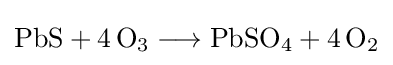
{\mathrm {PbS} {}+{}4\,\mathrm {O} {\vphantom {A}}_{\smash[{t}]{3}}{}\mathrel {\longrightarrow } {}\mathrm {PbSO} {\vphantom {A}}_{\smash[{t}]{4}}{}+{}4\,\mathrm {O} {\vphantom {A}}_{\smash[{t}]{2}}}